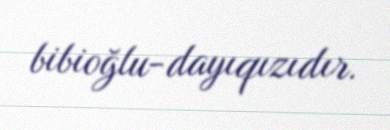
bibioğlu-dayıqızıdır.